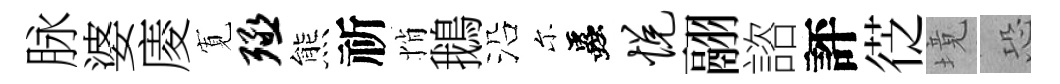
脉婆庱𡩖殛熊祈悄鵝沿尓蟲悦翮諮評徔境恐